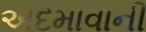
અદમાવાની